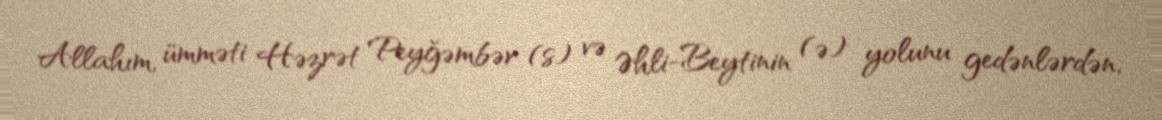
Allahım, ümməti Həzrət Peyğəmbər (s) və Əhli-Beytinin (ə) yolunu gedənlərdən,